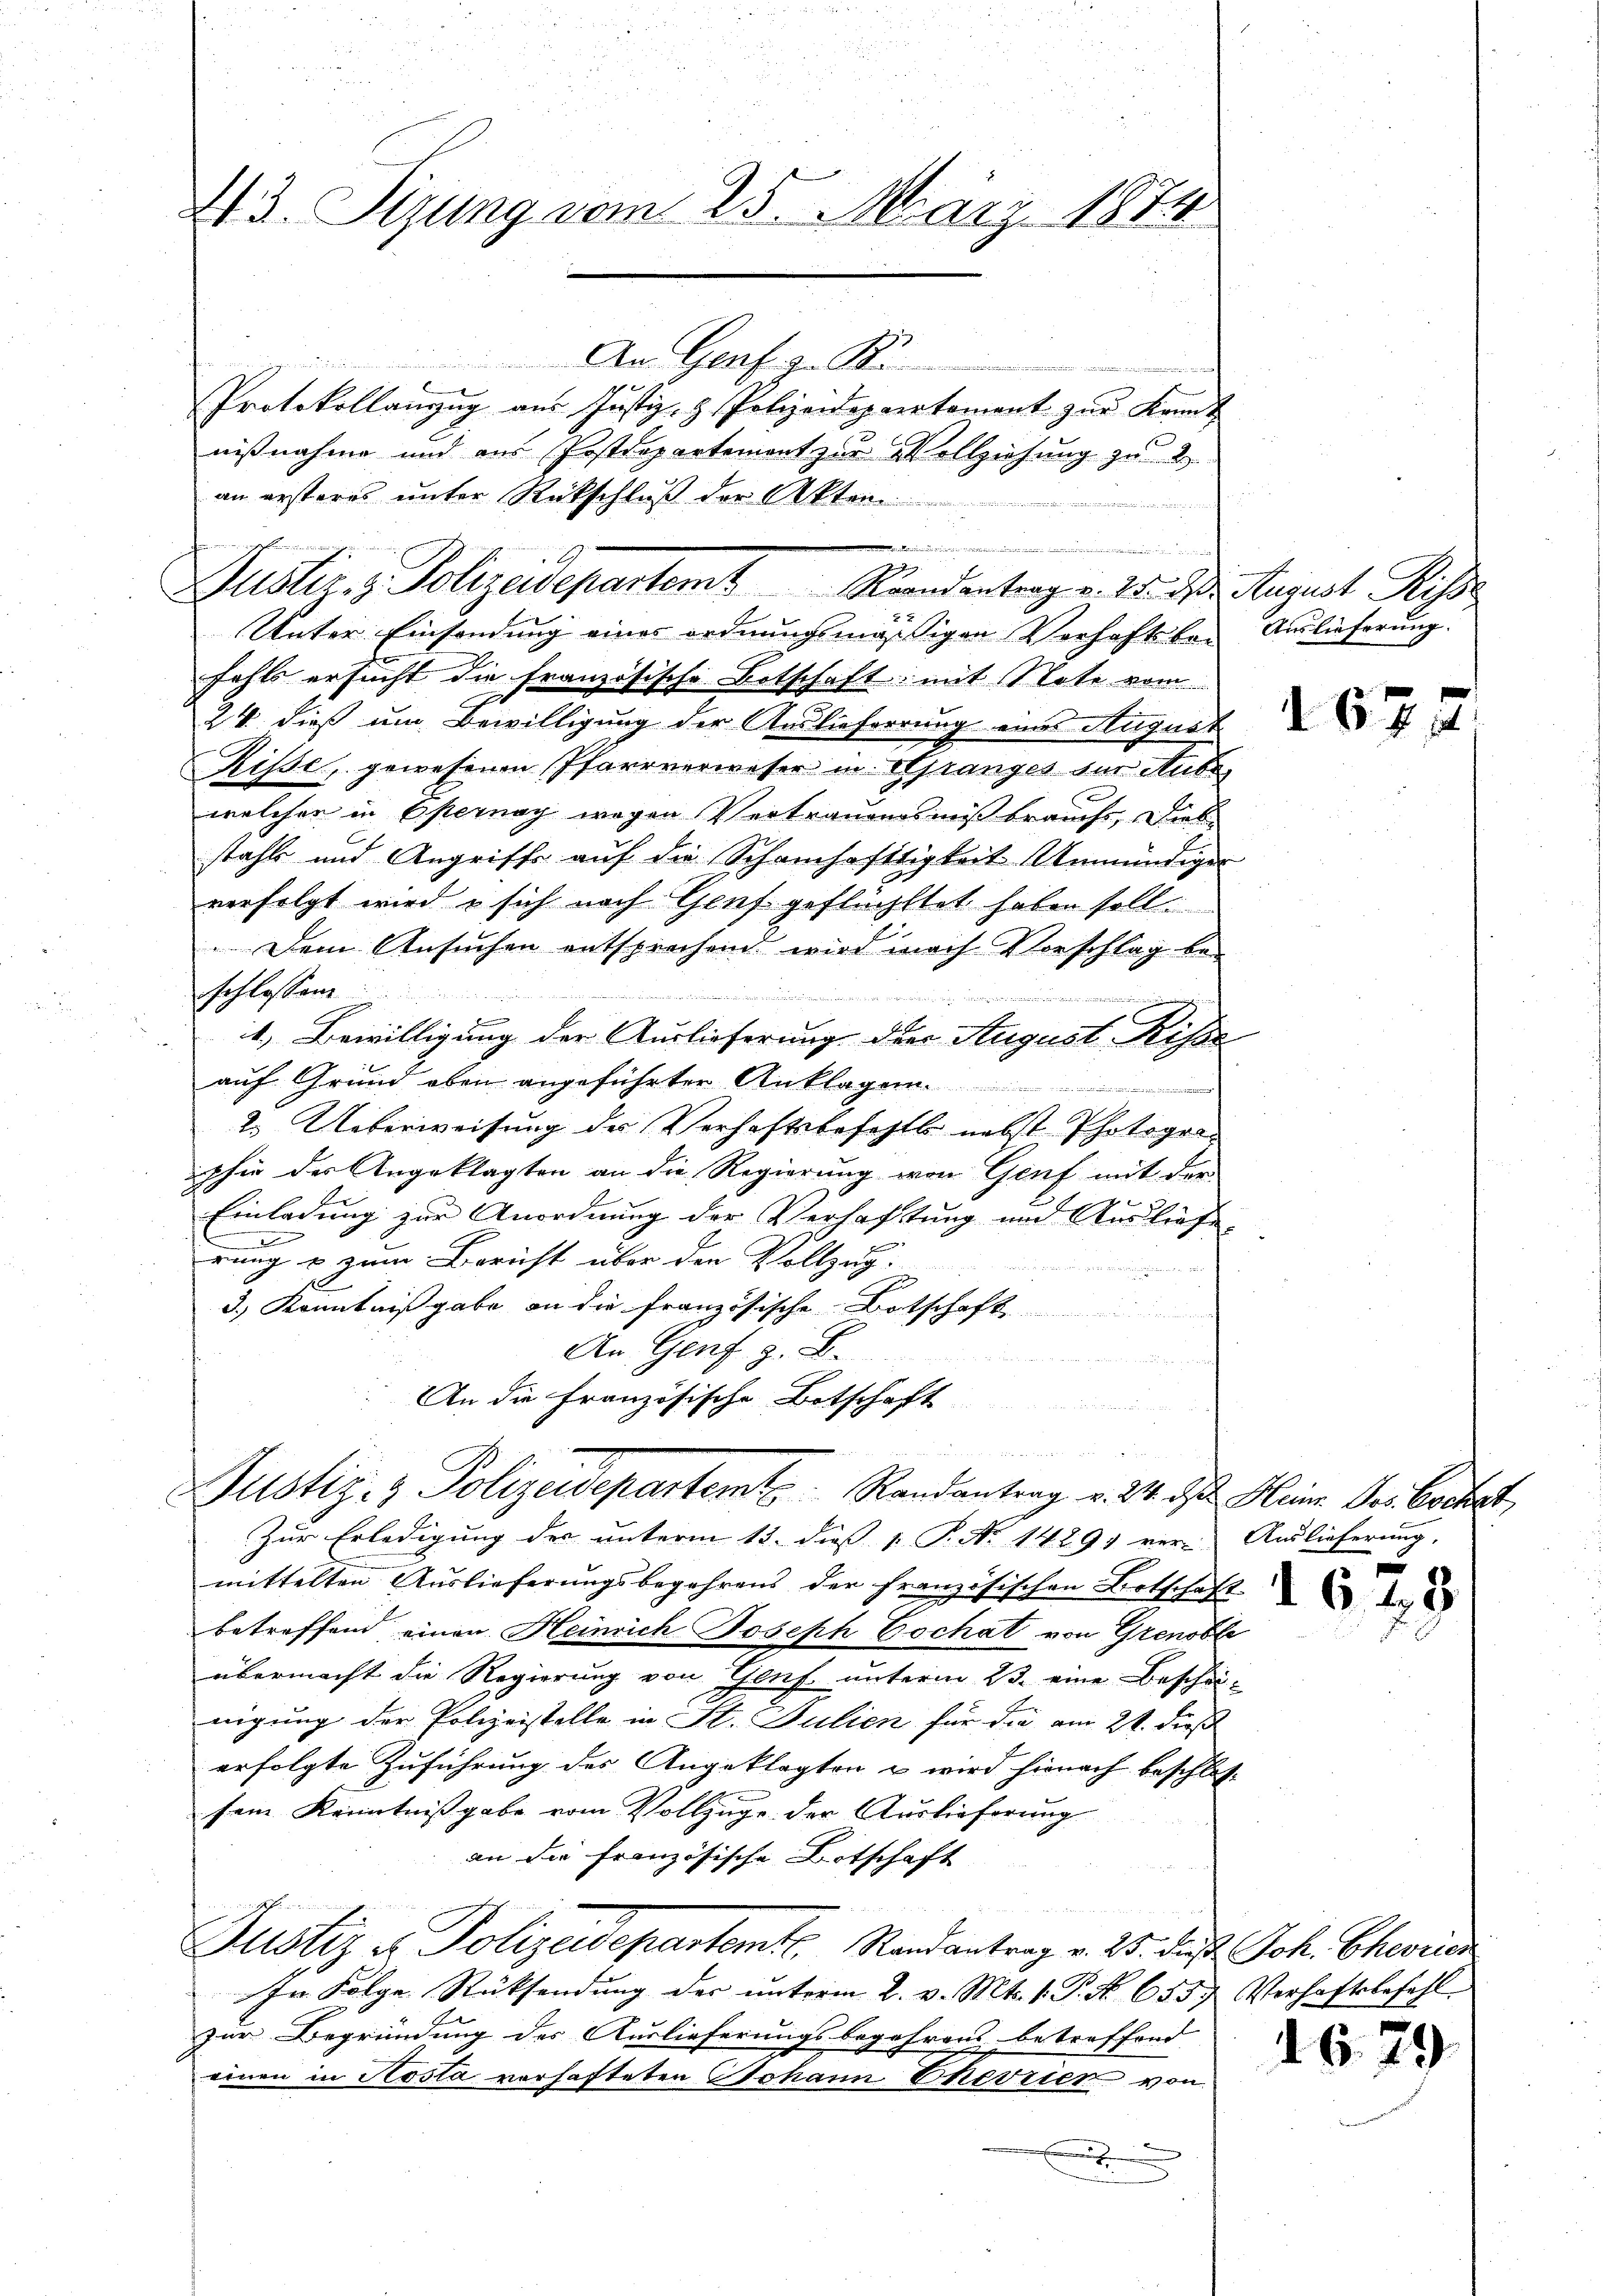
43. Tigung vom 25. März 1874
u

An Genf z. B.
Protokollanzug aus Justiz- & Polizeideparatament zur Kennt
nißnahme und aus Postdepartement zur Vollziehung zu B
an ersteres unter Rückschluß der Akten
Unter Einsendung eines ordnungsmässigen Verhaftskan
fahls ersucht die französische Botschaft: mit Note vom
24. dieß um Bewilligung der Auslieferrung eines August
Risse, gewesenen Pfarrverweser in Spranges für Aubr
welcher in Esternach wegen Vertrauensmißbrauchs, Dies
stahls und Angriffe auf die Schamhaftigkeit Unmündiger
verfolgt wird u sich nach Genf geflüchtet haben soll.
Dem Ansuchen entsprochend wird nach Vorschlag beschlossen

1. Bewilligung der Auslieferung der August Risse
auf Grund oben angeführten Anklagen.

2. Ueberweisung der Verhaftsbefehlb nebst Photogolphie des Angeklagten an die Regierung von Genf mit der
Einladung zur Anordnung der Verhaftung und Ausliefe
a
rung & zum Bericht über den Vollzug.
 ge
d.) Kenntnißgabe an die französische Botschaft
An Genf z. B.
a
An die Französische Botschaft
u
Justiz- & Polizeidepartem Randantrag v. 24. ds. Heine Der kochet,
Zur Erledigung des unterm 13. diess 1. P. No 14291 ver- Auslieferung,
mittelten Aŭslieferŭngsbegehrens der französischen Botschaft
betreffend einen Heinrich Joseph Cochat von Grenoble
übermacht die Regierung von Genf unterm 23. eine Beschei-
nigung der Polizeistelle in St. Julien für die am 21. dieß
erfolgte Zuführung des Angeklagten u wird hienach beschlossein Kenntnißgabe vom Vollzüge der Auslieferung
an die französische Botschaft
Justiz & Polizeidepartemt. Randantrag v. 25. der Joh. Eheein
In Folge Rücksendung des ŭnterm 2. v. Mts. 1. P. Nr. 655. Verhaftsbefehl
zur Begründung des Auslieferungsbegehrens betreffend
einen in Aosta vorhafteten Johann Eheveter von
x

wider und wir die beidenten in den sind anden seinen und die mi
Justiz- & Polizeidepartemt Randantrag v. 15. ds. August Risse

Auslieferung.

d 674.

5

46. 79